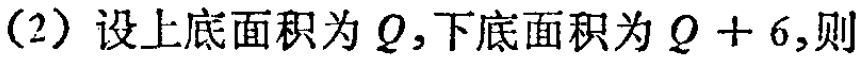
(2) 设上底面积为 \(Q\)，下底面积为 \(Q + 6\)，则